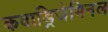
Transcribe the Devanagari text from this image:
कवाड्रिजेमिनल